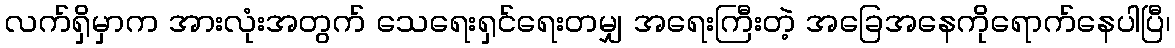
လက်ရှိမှာက အားလုံးအတွက် သေရေးရှင်ရေးတမျှ အရေးကြီးတဲ့ အခြေအနေကိုရောက်နေပါပြီ၊